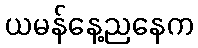
ယမန်နေ့ညနေက